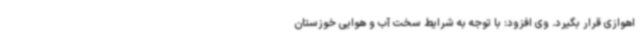
اهوازی قرار بگیرد. وی افزود: با توجه به شرایط سخت آب و هوایی خوزستان